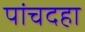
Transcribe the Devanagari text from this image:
पांचदहा